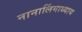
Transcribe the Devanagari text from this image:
नानालिंगाध्याय